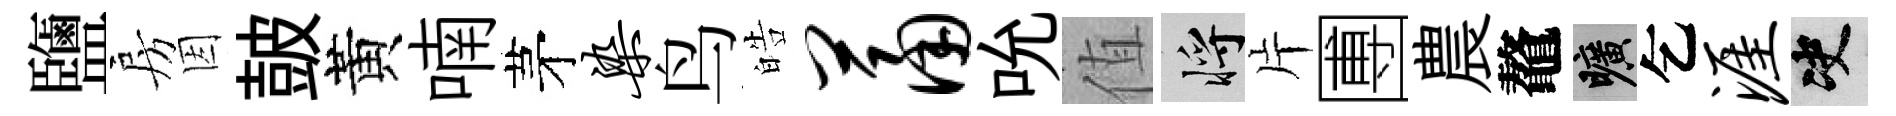
鹽房因皷黃喃茅染鸟皓萧吮值將片圑農鼇曠乞涯决